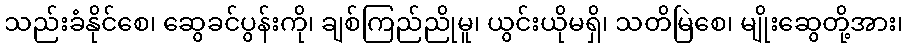
သည်းခံနိုင်စေ၊ ဆွေခင်ပွန်းကို၊ ချစ်ကြည်ညိုမူ၊ ယွင်းယိုမရှိ၊ သတိမြဲစေ၊ မျိုးဆွေတို့အား၊